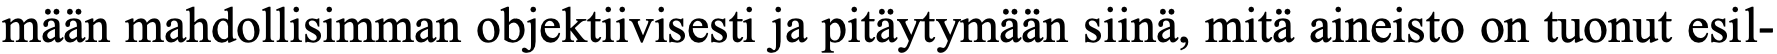
mään mahdollisimman objektiivisesti ja pitäytymään siinä, mitä aineisto on tuonut esil-